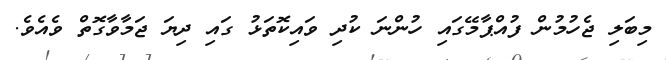
މިބަލި ޖެހުމުން ފުއްޕާމޭގައި ހުންނަ ކުދި ވައިކޮތަޅު ގައި ދިޔަ ޖަމާވާގޮތް ވެއެވެ.